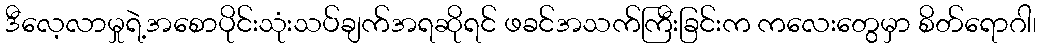
ဒီလေ့လာမှုရဲ့အစောပိုင်းသုံးသပ်ချက်အရဆိုရင် ဖခင်အသက်ကြီးခြင်းက ကလေးတွေမှာ စိတ်ရောဂါ၊